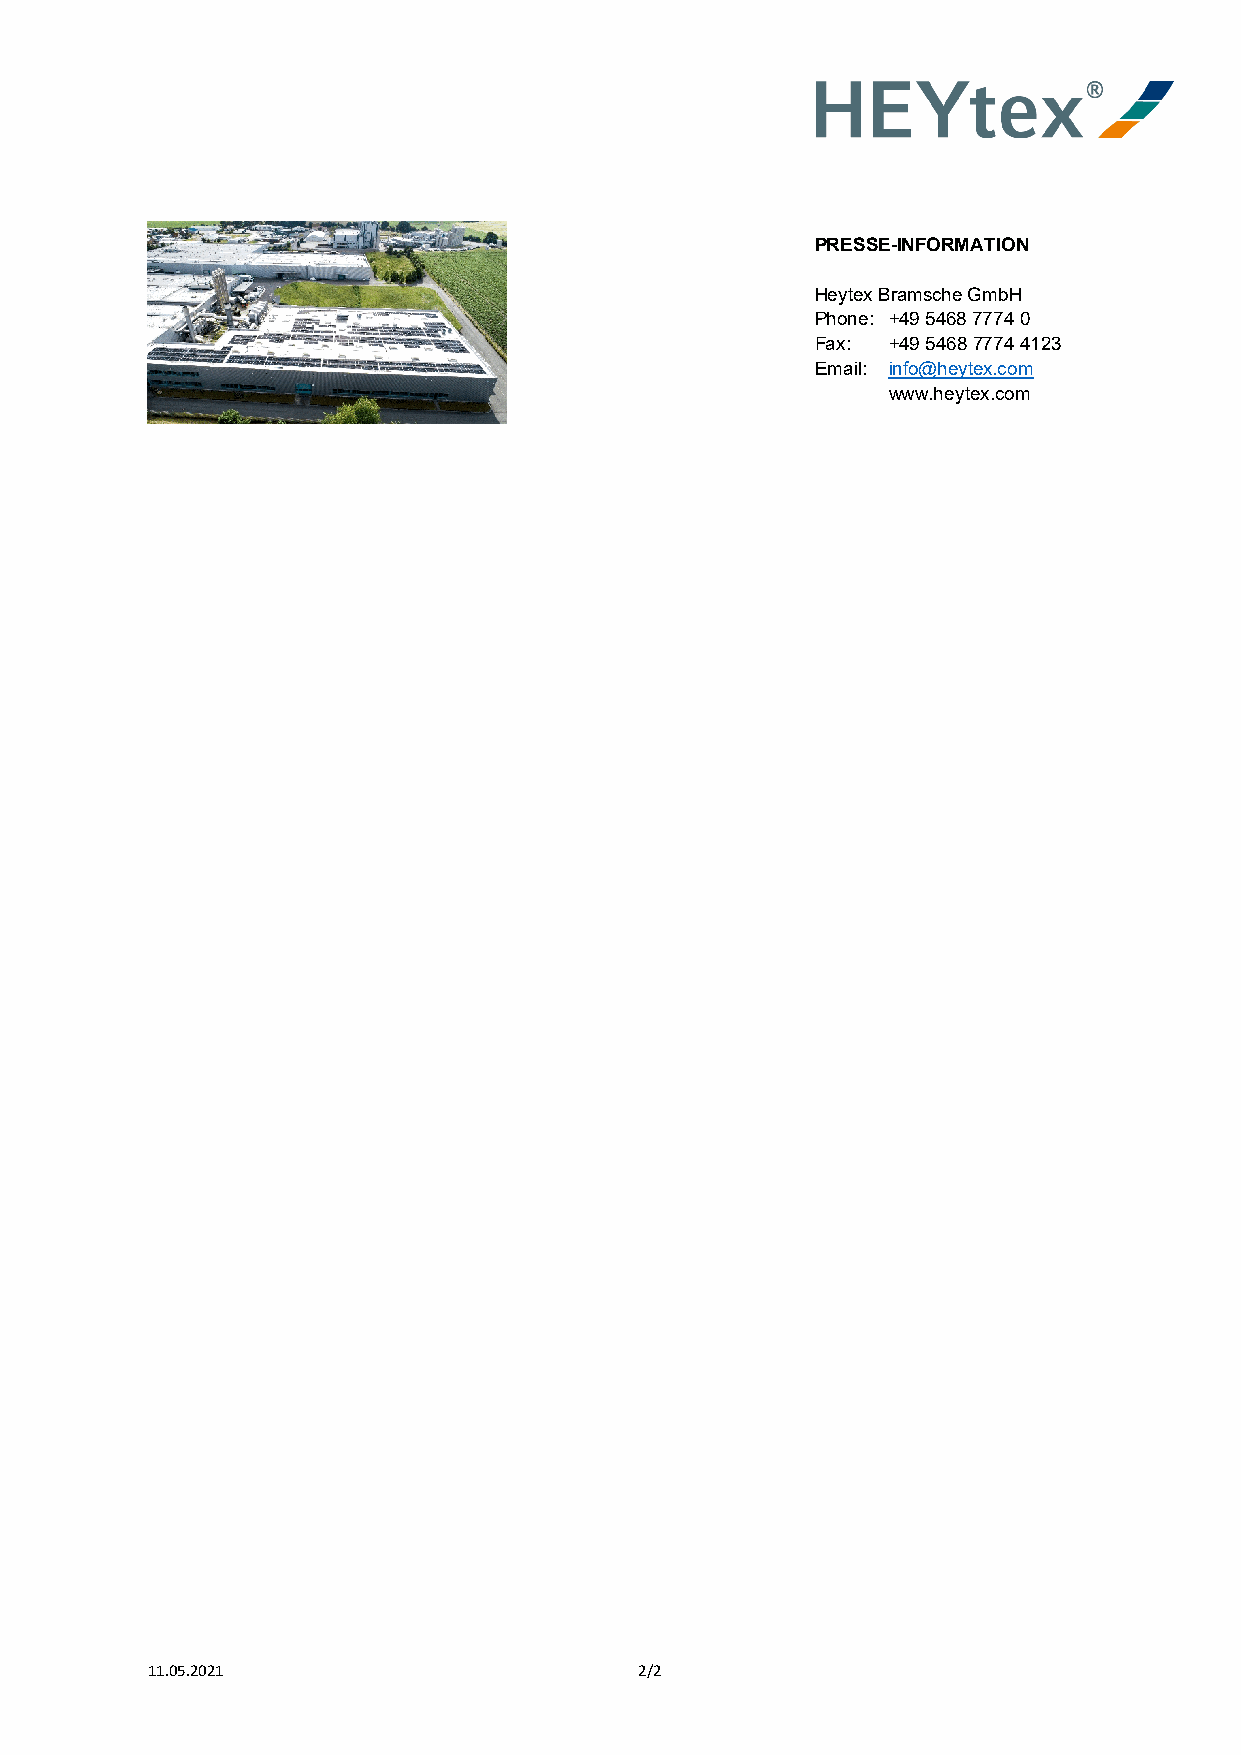
PRESSE-INFORMATION
 Heytex Bramsche GmbH
 Phone: +49 5468 7774 0
 Fax: +49 5468 7774 4123
 Email: info@heytex.com
 www.heytex.com
 11.05.2021                      2/2